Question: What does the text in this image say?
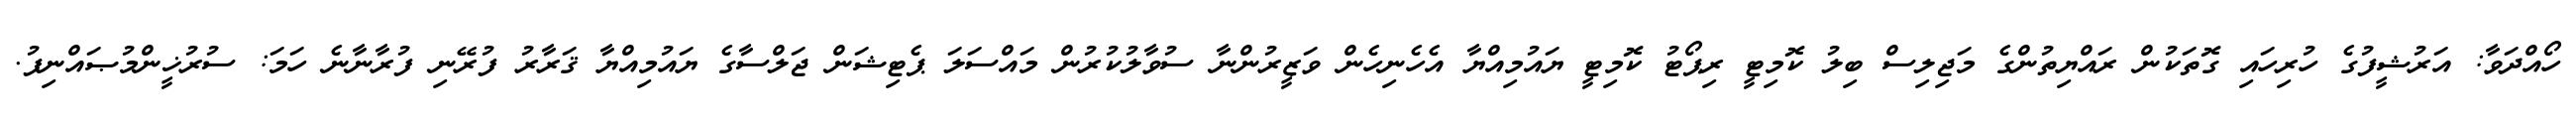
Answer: ހޯއްދަވާ: އަރުޝީފުގެ ހުރިހައި ގޮތަކުން ރައްޔިތުންގެ މަޖިލިސް ބިލު ކޮމިޓީ ރިޕޯޓު ކޮމިޓީ ޔައުމިއްޔާ އެހެނިހެން ވަޒީރުންނާ ސުވާލުކުރުން މައްސަލަ ޕެޓިޝަން ޖަލްސާގެ ޔައުމިއްޔާ ޤަރާރު ފުރޭނި ފުރާނާނެ ހަމަ: ސުރުޚީންމުޞައްނިފު.